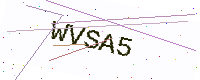
Text: WVSA5